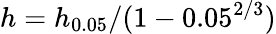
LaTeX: h=h_{0.05}/(1-0.05^{2/3})